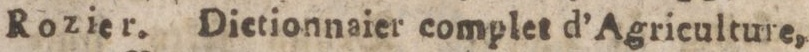
Rozier. Dietionnaier complet d’Agriculture,